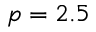
p = 2 . 5